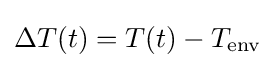
\Delta T(t)=T(t)-T_{\text{env}}